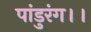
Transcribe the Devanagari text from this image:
पांडुरंग।।